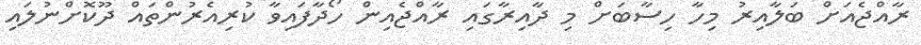
ރާއްޖެއަށް ބަލާއިރު މިހާ ހިސާބަށް މި ދާއިރާގައި ރާއްޖެއިން ހޯދާފައިވާ ކުރިއެރުންތައް ދޫކޮށްނުލައި